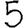
Digit: 5